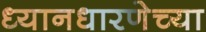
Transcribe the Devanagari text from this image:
ध्यानधारणेच्या